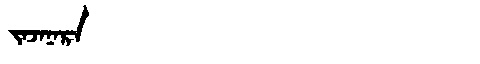
Manchu: ᠵᠠᠵᠠᠨᠠᡵᠠ
Romanization: JAJANARA